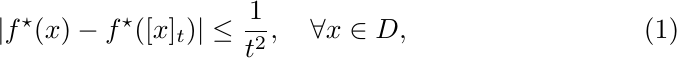
    \begin{equation}
        |f^{\star}(x) - f^{\star}([x]_t)| \leq \frac{1}{t^2}, \quad \forall x \in D,
    \end{equation}